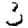
Digit: 3